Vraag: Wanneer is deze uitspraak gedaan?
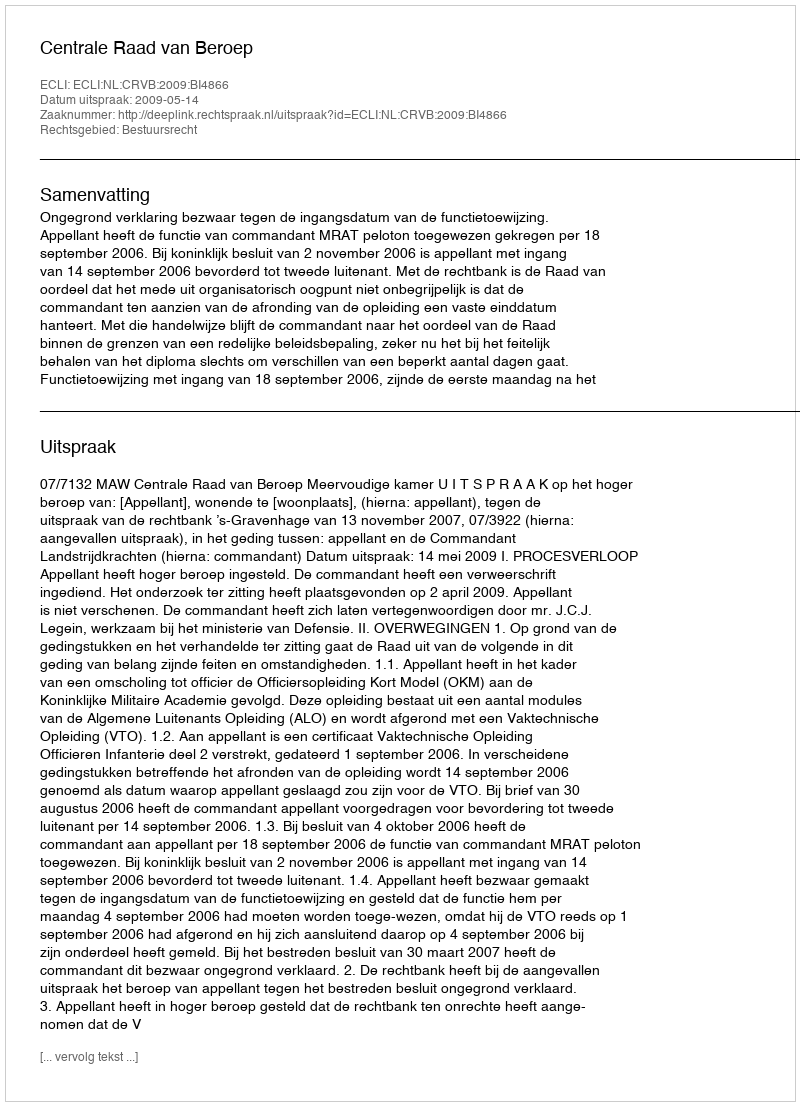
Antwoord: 2009-05-14